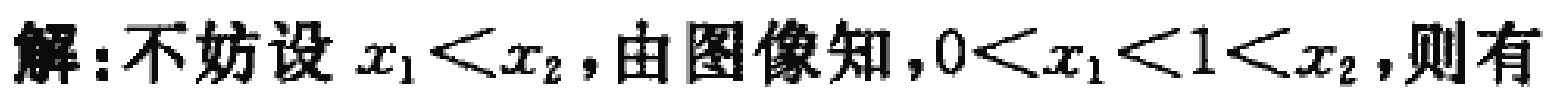
解:不妨设\(x_{1}<x_{2}\)，由图像知，\(0<x_{1}<1<x_{2}\)，则有